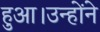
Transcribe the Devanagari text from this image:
हुआ।उन्होंने